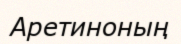
Аретиноның